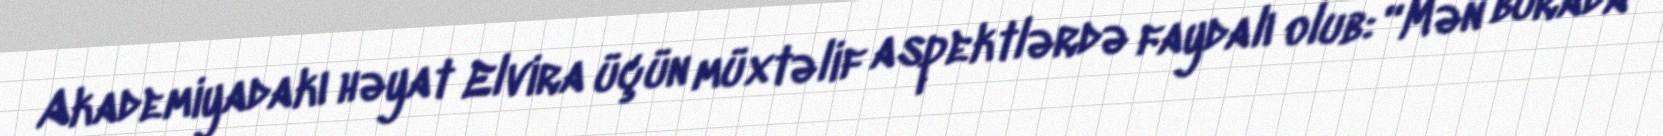
Akademiyadakı həyat Elvira üçün müxtəlif aspektlərdə faydalı olub: “Mən burada